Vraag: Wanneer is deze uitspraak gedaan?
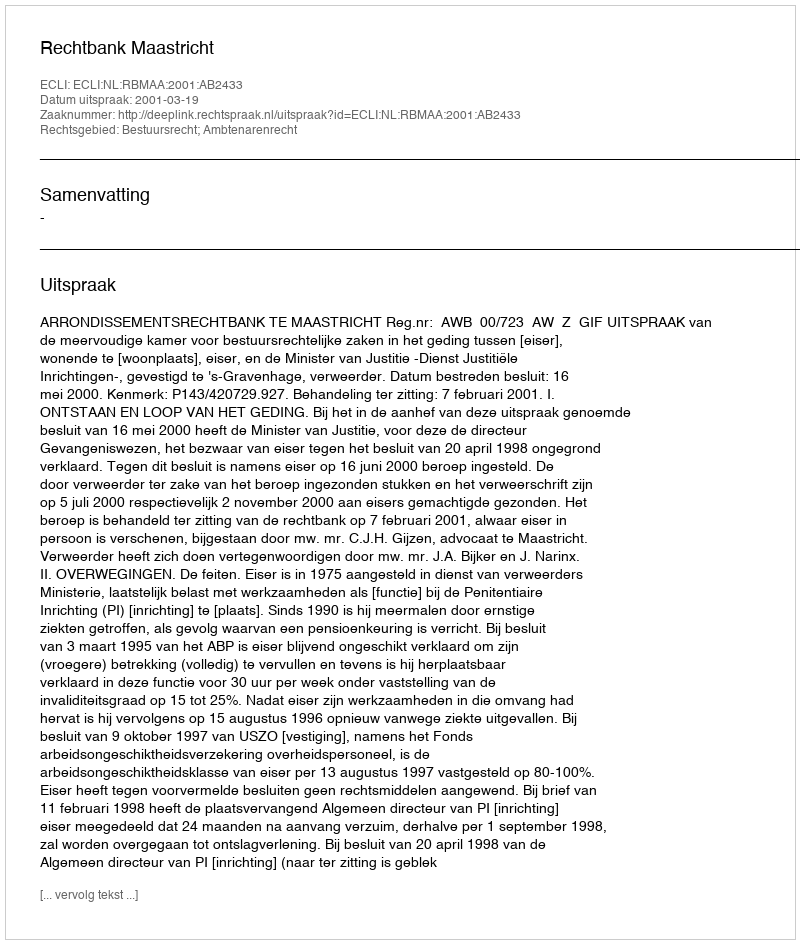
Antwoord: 2001-03-19